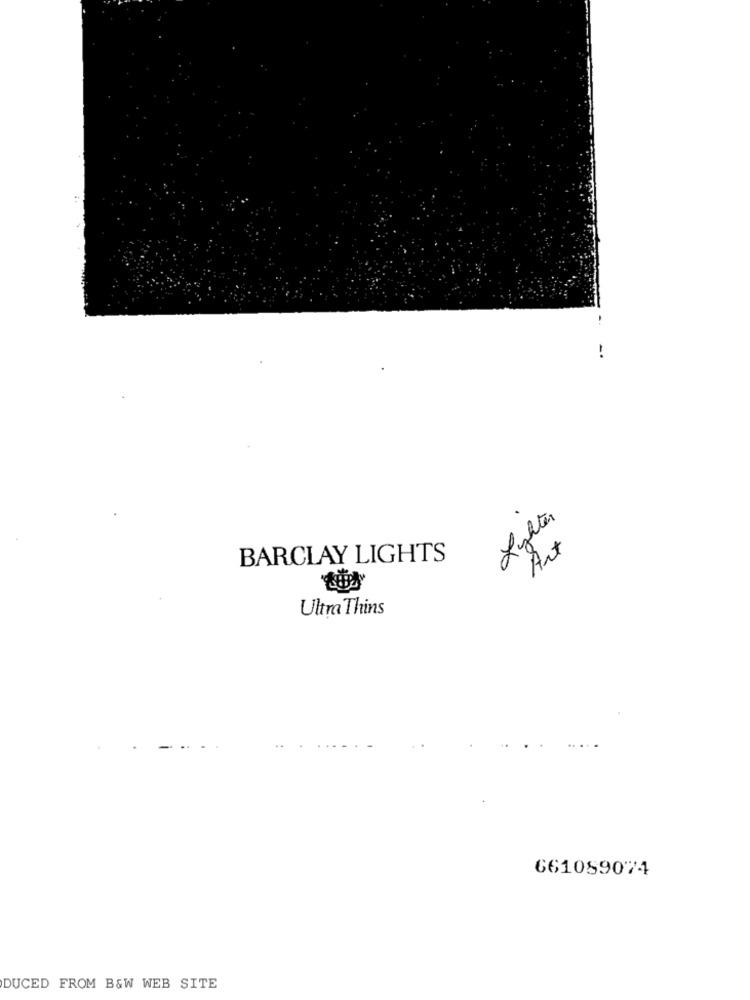
-
Lighter
Art
BARCLAY LIGHTS
Ultra Thins
661089074
DUCED FROM B&W WEB SITE